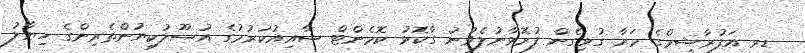
ޑރ އަފުރާޝީމްގެ މަރާ ގުޅިގެން ފުރޮޅާނުލެވުނު ގާކޮޅު ކޮމެންޓް ޝާއިއުކުރުމުގެ އުސޫލުކިޔުންތެރިންގެ ހިޔާލު